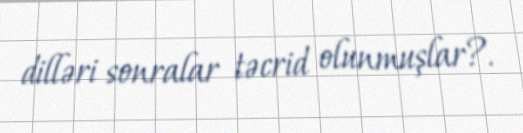
dilləri sonralar təcrid olunmuşlar?.